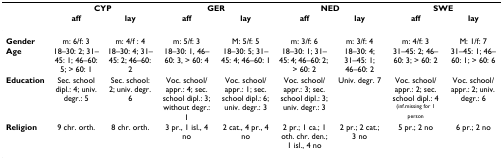
<table><thead><tr><td></td><td colspan="2"><b>CYP</b></td><td colspan="2"><b>GER</b></td><td colspan="2"><b>NED</b></td><td colspan="2"><b>SWE</b></td></tr><tr><td></td><td><b>aff</b></td><td><b>lay</b></td><td><b>aff</b></td><td><b>lay</b></td><td><b>aff</b></td><td><b>lay</b></td><td><b>aff</b></td><td><b>lay</b></td></tr></thead><tbody><tr><td><b>Gender</b></td><td>m: 6/f: 3</td><td>m: 4/f : 4</td><td>m: 5/f: 3</td><td>M: 5/f: 5</td><td>m: 3/f: 6</td><td>m: 3/f: 4</td><td>m: 4/f: 3</td><td>M: 1/f: 7</td></tr><tr><td><b>Age</b></td><td>18–30: 2; 31–45: 1; 46–60: 5; &gt; 60: 1</td><td>18–30: 4; 31–45: 2; 46–60: 2</td><td>18–30: 1, 46–60: 3, &gt; 60: 4</td><td>18–30: 5; 31–45: 4; 46–60: 1</td><td>18–30: 1; 31–45: 4; 46–60: 2; &gt; 60: 2</td><td>18–30: 4; 31–45: 1; 46–60: 2</td><td>31–45: 2; 46–60: 3; &gt; 60: 2</td><td>31–45: 1; 46–60: 1; &gt; 60: 6</td></tr><tr><td><b>Education</b></td><td>Sec. school dipl.: 4; univ. degr.: 5</td><td>Sec. school: 2; univ. degr. 6</td><td>Voc. school/appr.: 4; sec. school dipl.: 3; without degr.: 1</td><td>Voc. school/appr.: 1; sec. school dipl.: 6; univ. degr.: 3</td><td>Voc. school/appr.: 3; sec. school dipl.: 3; univ. degr.: 3</td><td>Univ. degr. 7</td><td>Voc. school/appr.: 2; sec. school dipl.: 4 <sup>(inf.missing for 1 person</sup></td><td>Voc. school/appr.: 2; univ. degr.: 6</td></tr><tr><td><b>Religion</b></td><td>9 chr. orth.</td><td>8 chr. orth.</td><td>3 pr., 1 isl., 4 no</td><td>2 cat., 4 pr., 4 no</td><td>2 pr.; 1 ca.; 1 oth. chr. den.; 1 isl., 4 no</td><td>2 pr.; 2 cat.; 3 no</td><td>5 pr.; 2 no</td><td>6 pr.; 2 no</td></tr></tbody></table>